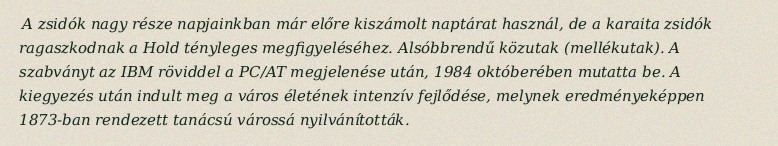
A zsidók nagy része napjainkban már előre kiszámolt naptárat használ, de a karaita zsidók ragaszkodnak a Hold tényleges megfigyeléséhez. Alsóbbrendű közutak (mellékutak). A szabványt az IBM röviddel a PC/AT megjelenése után, 1984 októberében mutatta be. A kiegyezés után indult meg a város életének intenzív fejlődése, melynek eredményeképpen 1873-ban rendezett tanácsú várossá nyilvánították.